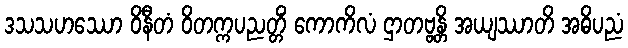
ဒသသဟဿော ဝိနီတံ ဝိတက္ကပညတ္တိံ ကောကိလံ ဌာတဗ္ဗန္တိ အယျဿာတိ အဓိပညံ